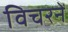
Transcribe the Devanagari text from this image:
विचरनें